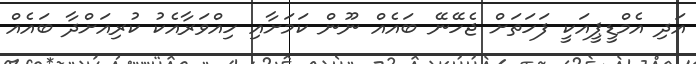
އަދި އެމްޑީޕީއަކީ ފަހަތަށް ޖެހޭނޭ ބައެއް ނޫން ކަމަށާއި ހިއްވަރާއެކު ކުރިއަށްދާ ބައެއް